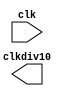
module clkdiv(input wire clk, output wire clkdiv10);

reg [9:0]cnt;
assign clkdiv = cnt[9];

always @(posedge clk)
begin
	//cnt <= (cnt === {10{1'b1}}) ? 10'h0 : cnt + 10'h1;
    cnt <= cnt + 10'h1;
end

endmodule